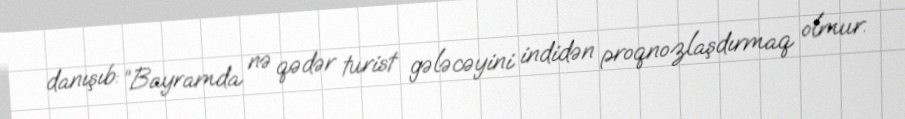
danışıb: “Bayramda nə qədər turist gələcəyini indidən proqnozlaşdırmaq olmur.